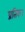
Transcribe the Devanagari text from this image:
प्रतिक।